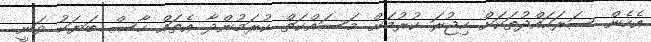
އެހެން ސަރަހައްދުތަކަށް ހިޖުރަ ކުރުމަށް މަސައްކަތް ކުރަމުންދާ އެތައް ހާސް ބަޔަކު ވަނީ